Indian journal of veterinary science and animal husbandry - Volumes 24-25, 1954-1955
Year: 1954
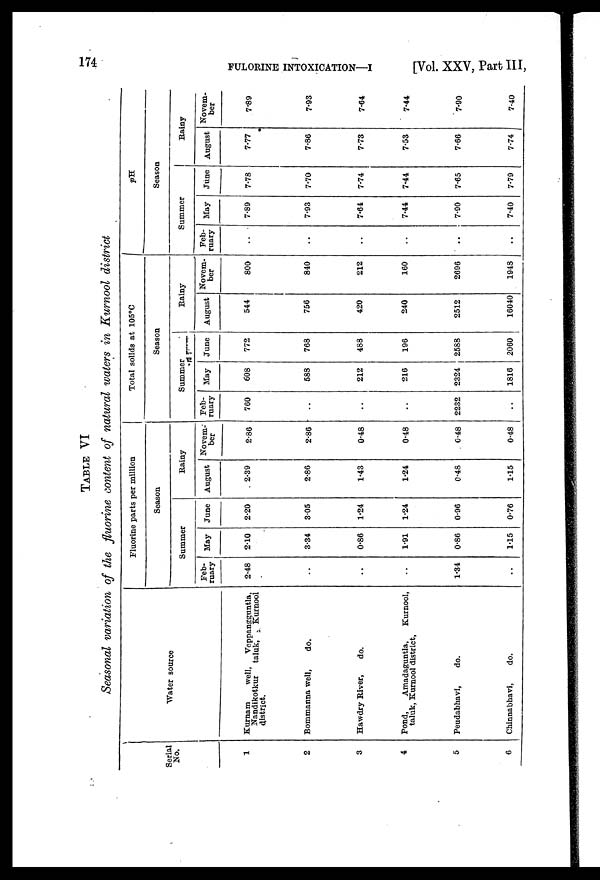
174 FULORINE INTOXICATION—I
[Vol. XXV, Part III,
TABLE VI
Seasonal variation of the fluorine content of natural waters in Kurnool district
Serial
No.
1
2
3
4
5
6
Water source
Kurnam
well,
Veppangguntla,
Nandikotkur
taluk,
Kurnool
district.
Bommanna well,
do.
Hawdry River,
do.
Pond,
Amadaguntla,
Kurnool,
taluk, Kurnool district,
Peudabhavi,
do.
Chinnabhavi,
do.
Fluorine parts per million
Season
Summer
Feb-
ruary
2.48
. .
. .
. .
1.34
. .
May
2.10
3.34
0.86
1.91
0.86
1.15
June
2.20
3.05
1.24
1.24
0.96
0.76
Rainy
August
2.39
2.86
1.43
1.24
0.48
1.15
Novem-
ber
2.86
2.86
0.48
0.48
0.48
0.48
Total solids at 105°C
Season
Summer
Feb-
ruary
760
. .
. .
. .
2232
. .
May
608
588
212
216
2324
1816
June
772
768
488
196
2588
2060
Rainy
August
544
756
420
240
2512
16040
Novem-
ber
800
840
212
160
2696
1948
pH
Season
Summer
Feb-
ruary
. .
. .
. .
. .
. .
. .
May
7.89
7.93
7.64
7.44
7.90
7.40
June
7.78
7.70
7.74
7.44
7.65
7.79
Rainy
August
7.77
7.86
7.73
7.53
7.66
7.74
Novem-
ber
7.89
7.93
7.64
7.44
7.90
7.40